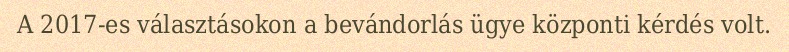
A 2017-es választásokon a bevándorlás ügye központi kérdés volt.